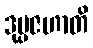
ဒုပ္ပဇဟာတိ